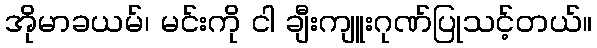
အိုမာခယမ်၊ မင်းကို ငါ ချီးကျူးဂုဏ်ပြုသင့်တယ်။